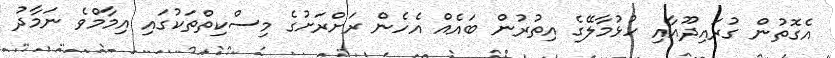
އެގޮތުން ގުރައިދޫއާއި ހުޅުމާލޭގެ އިތުރުން ބައެއް އެހެން ރަށްރަށުގެ މިސްކިތްތަކުގައި އިމާމްވެ ނަމާދު